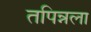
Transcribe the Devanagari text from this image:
तपिन्नला